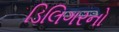
ડિલિગરનો